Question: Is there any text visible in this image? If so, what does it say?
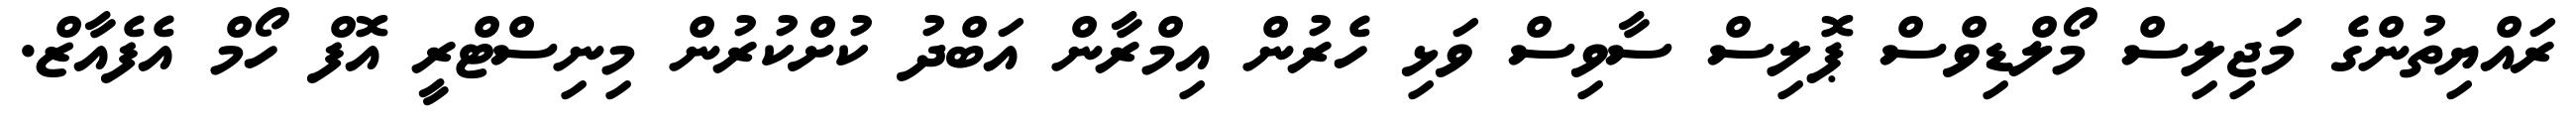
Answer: ރައްޔިތުންގެ މަޖިލިސް މޯލްޑިވްސް ޕޮލިސް ސާވިސް ވަޅި ހެރުން އިމްރާން އަބްދު ކުށްކުރުން މިނިސްޓްރީ އޮފް ހޯމް އެފެއާޒް.